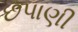
છપાણી